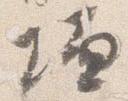
壇